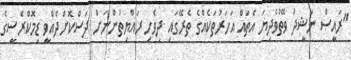
"ރައީސް ނަޝީދު ވޭތުވެދިޔަ އެތައް އަހަރުތަކެއްގެ ތެރޭގައި ދިވެހި ރައްޔިތުންނަށް ދަސްކޮށްދެއްވީ ޑިމޮކްރެސީގެ